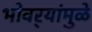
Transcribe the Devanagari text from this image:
भोवर्‍यांमुळे